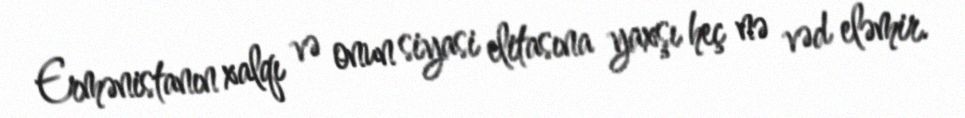
Ermənistanın xalqı və onun siyasi elitasına yaxşı heç nə vəd eləmir.